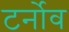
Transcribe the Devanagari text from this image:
टर्नोव